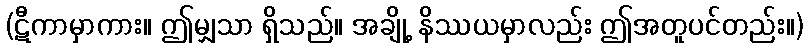
(ဋီကာမှာကား။ ဤမျှသာ ရှိသည်။ အချို့ နိဿယမှာလည်း ဤအတူပင်တည်း။)